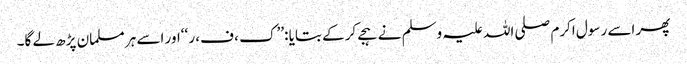
پھر اسے رسول اکرم صلی اللہ علیہ وسلم نے ہجے کرکے بتایا :’’ک ، ف، ر ‘‘اور اسے ہر مسلمان پڑھ لے گا۔